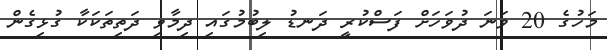
މަހުގެ 20 ވަނަ ދުވަހަށް ފަސްކުރީ ދަނޑު ލިބުމުގައި ދިމާވި ދަތިތަކަކާ ގުޅިގެން